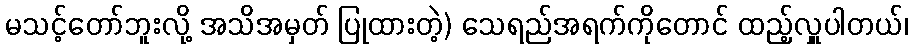
မသင့်တော်ဘူးလို့ အသိအမှတ် ပြုထားတဲ့) သေရည်အရက်ကိုတောင် ထည့်လှူပါတယ်၊